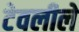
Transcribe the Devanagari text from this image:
टेवलीले